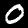
Digit: 0